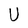
Character: U